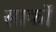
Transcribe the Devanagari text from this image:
सार्को